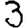
Digit: 3